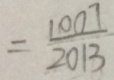
= \frac { 1 0 0 7 } { 2 0 1 3 }